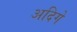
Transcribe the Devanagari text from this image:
अदिगे